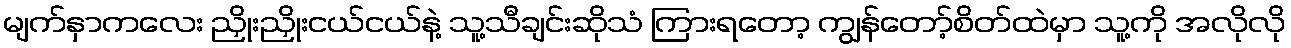
မျက်နှာကလေး ညှိုးညှိုးငယ်ငယ်နဲ့ သူ့သီချင်းဆိုသံ ကြားရတော့ ကျွန်တော့်စိတ်ထဲမှာ သူ့ကို အလိုလို